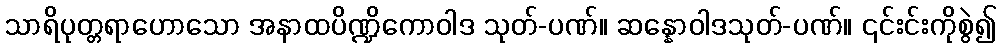
သာရိပုတ္တရာဟောသော အနာထပိဏ္ဍိကောဝါဒ သုတ်-ပဏ်။ ဆန္နောဝါဒသုတ်-ပဏ်။ ၎င်းင်းကိုစွဲ၍